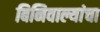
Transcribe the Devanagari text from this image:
बिनिवाल्यांचा